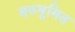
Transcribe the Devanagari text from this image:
मरुभूमित